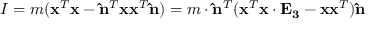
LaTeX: I = m ( \mathbf { x } ^ { T } \mathbf { x } - \mathbf { \hat { n } } ^ { T } \mathbf { x } \mathbf { x } ^ { T } \mathbf { \hat { n } } ) = m \cdot \mathbf { \hat { n } } ^ { T } ( \mathbf { x } ^ { T } \mathbf { x } \cdot \mathbf { E _ { 3 } } - \mathbf { x } \mathbf { x } ^ { T } ) \mathbf { \hat { n } }